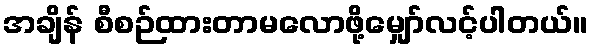
အချိန် စီစဉ်ထားတာမလောဖို့မျှော်လင့်ပါတယ်။